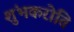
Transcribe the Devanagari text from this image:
शुंभकरोति